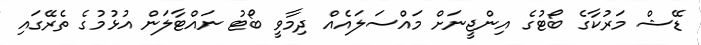
ޑޭޝް މަރުކާގެ ބޯޓުގެ އިންޖީނަށް މައްސަލައެއް ދިމާވީ ބޯޓު ނައްޓާލަން އުޅުމުގެ ތެރޭގައި